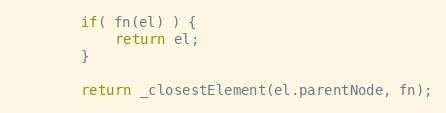
Language: JavaScript
	  	if( fn(el) ) {
	  		return el;
	  	}

	  	return _closestElement(el.parentNode, fn);